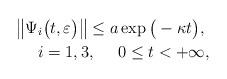
LaTeX: \begin{align*} \big\|\Psi_{i}\big(t,\varepsilon\big)\big\|\le a\exp\big(-\kappa t\big),\ \\ \ i=1,3,\ \ \ \ 0\le t < +\infty,\end{align*}